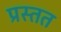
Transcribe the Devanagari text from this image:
प्रस्तत